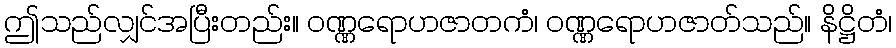
ဤသည်လျှင်အပြီးတည်း။ ဝဏ္ဏရောဟဇာတကံ၊ ဝဏ္ဏရောဟဇာတ်သည်။ နိဋ္ဌိတံ၊